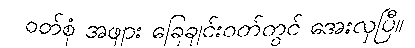
ဝတ်စုံ အဖျား ခြေချင်းဝတ်တွင် အေးလှပြီ။